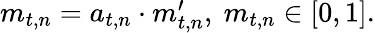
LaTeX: \begin{array}{r}{m_{t,n}=a_{t,n}\cdot m_{t,n}^{\prime},~m_{t,n}\in[0,1].}\end{array}